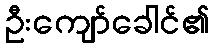
ဦးကျော်ခေါင်၏